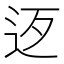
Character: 𨑰